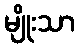
မျိုးသာ